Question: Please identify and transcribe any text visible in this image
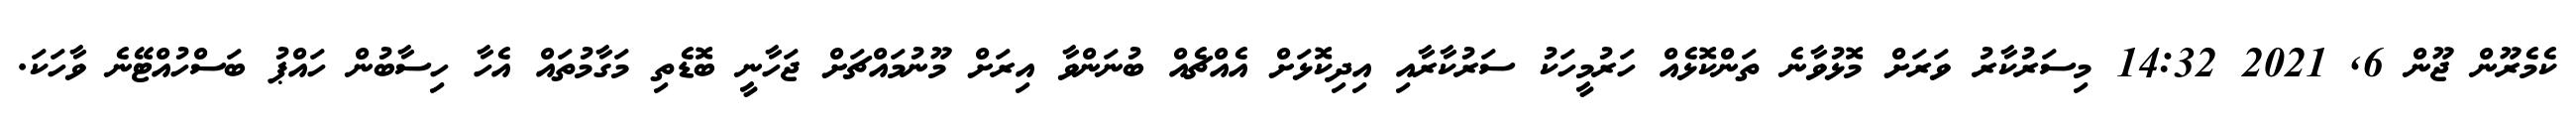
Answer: ކެމެރޫން ޖޫން 6, 2021 14:32 މިސަރުކާރު ވަރަށް މޮޅުވާނެ ތަންކޮޅެއް ހަރުމީހަކު ސަރުކާރާއި އިދިކޮޅަށް އެއްޗެއް ބުނަންވާ އިރަށް މޫނުމައްޗަށް ޖަހާނީ ބޮޑެތި މަގާމުތައް އެހާ ހިސާބުން ހައްޕު ބަސްހުއްޓޭނެ ވާހަކަ.